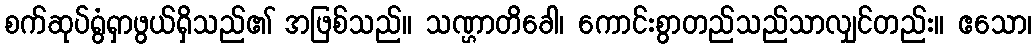
စက်ဆုပ်ရွံရှာဖွယ်ရှိသည်၏ အဖြစ်သည်။ သဏ္ဌာတိခေါ၊ ကောင်းစွာတည်သည်သာလျှင်တည်း။ ဧသော၊